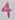
Text: 4